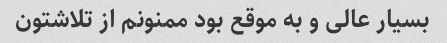
بسیار عالی و به موقع بود ممنونم از تلاشتون